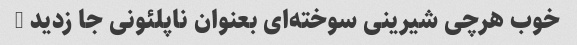
خوب هرچی شیرینی سوخته‌ای بعنوان ناپلئونی جا زدید …